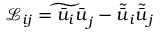
\mathcal { L } _ { i j } = { \widetilde { \bar { u } _ { i } \bar { u } } _ { j } } - \tilde { \bar { u } } _ { i } \tilde { \bar { u } } _ { j }